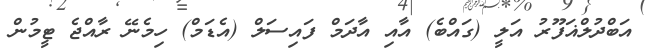
އަބްދުލްޣަފޫރު އަލީ (ގައްބެ) އާއި އާދަމް ފައިސަލް (އެޑަމް) ހިމެނޭ ރާއްޖެ ޓީމުން